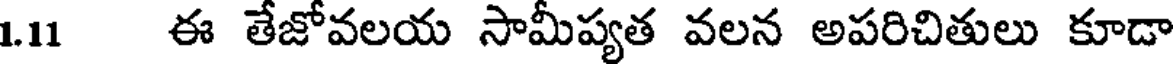
1.11 ఈ తేజోవలయ సామీప్యత వలన అపరిచితులు కూడా